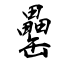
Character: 罍